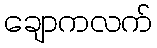
ချောကလက်